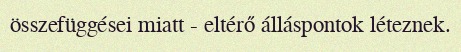
összefüggései miatt - eltérő álláspontok léteznek.